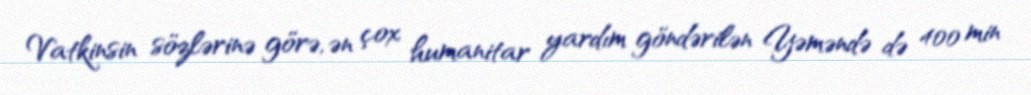
Vatkinsin sözlərinə görə, ən çox humanitar yardım göndərilən Yəməndə də 400 min